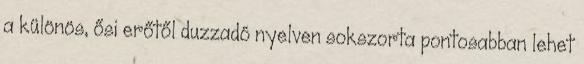
a különös, ősi erőtől duzzadó nyelven sokszorta pontosabban lehet